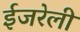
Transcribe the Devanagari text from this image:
ईजरेली